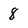
Character: 8